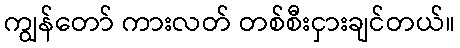
ကျွန်တော် ကားလတ် တစ်စီးငှားချင်တယ်။